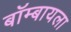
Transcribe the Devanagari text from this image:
बॉम्बायला